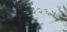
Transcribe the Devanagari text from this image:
३२२६५